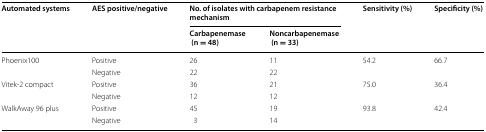
| <ROWSPAN=2> Automated systems | <ROWSPAN=2> AES positive/negative | <COLSPAN=2> No. of isolates with carbapenem resistance mechanism | <ROWSPAN=2> Sensitivity (%) | <ROWSPAN=2> Specificity (%) |
 | Carbapenemase (n = 48) | Noncarbapenemase (n = 33) |
 | --- | --- | --- | --- | --- | --- |
 | <ROWSPAN=2> Phoenix100 | Positive | 26 | 11 | 54.2 | 66.7 |
 | Negative | 22 | 22 |  |  |
 | <ROWSPAN=2> Vitek-2 compact | Positive | 36 | 21 | 75.0 | 36.4 |
 | Negative | 12 | 12 |  |  |
 | <ROWSPAN=2> WalkAway 96 plus | Positive | 45 | 19 | 93.8 | 42.4 |
 | Negative | 3 | 14 |  |  |